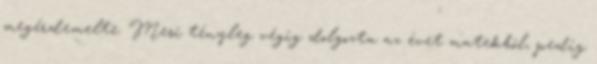
megérdemelte. Mesi tényleg végig dolgozta az évet matekból, pedig